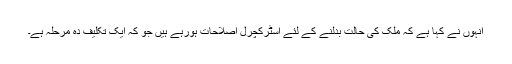
انہوں نے کہا ہے کہ ملک کی حالت بدلنے کے لئے اسٹرکچرل اصلاحات ہورہے ہیں جو کہ ایک تکلیف دہ مرحلہ ہے۔